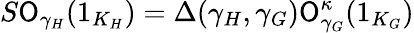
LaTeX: S\mathsf{O}_{\gamma_{H}}(1_{K_{H}})=\Delta(\gamma_{H},\gamma_{G})\mathsf{O}_{\gamma_{G}}^{\kappa}(1_{K_{G}})